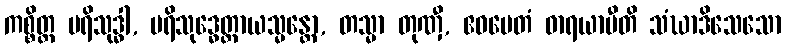
ကစ္စိတ္ထ ပရိသုဒ္ဓါ, ပရိသုဒ္ဓေတ္ထာယသ္မန္တော, တသ္မာ တုဏှီ, ဧဝမေတံ ဓာရယာမီတိ သံဃာဒိသေသော